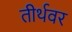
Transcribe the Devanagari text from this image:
तीर्थवर